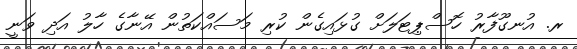
ރ. އުނގޫފާރު ހޮސްޕިޓަލަށް ގުޅައިގެން ކުރި މަސައްކަތުން އޭނާގެ ހާލު އަދި ވަނީ